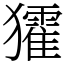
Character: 㺢